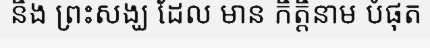
និង ព្រះសង្ឃ ដែល មាន កិត្តិនាម បំផុត